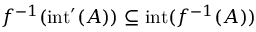
f ^ { - 1 } ( \mathrm { i n t } ^ { \prime } ( A ) ) \subseteq \mathrm { i n t } ( f ^ { - 1 } ( A ) )